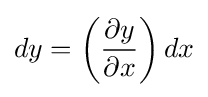
dy=\left({\frac {\partial y}{\partial x}}\right)dx